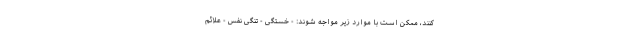
کنند، ممکن است با موارد زیر مواجه شوند: - خستگی - تنگی نفس - علائم